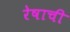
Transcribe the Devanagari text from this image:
रेषाची